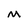
Character: M